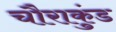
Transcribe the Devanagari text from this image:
चौराकुंड